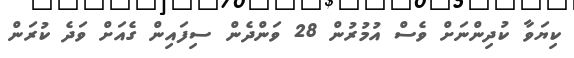
ކިޔަވާ ކުދިންނަށް ވެސް އުމުރުން 28 ވަންދެން ސިފައިން ގެއަށް ވަދެ ކުރަން